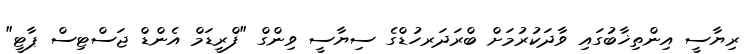
ރިޔާސީ އިންތިޚާބުގައި ވާދަކުރުމަށް ބްރަދަރހުޑްގެ ސިޔާސީ ވިންގް "ފްރީޑަމް އެންޑް ޖަސްޓިސް ޕާޓީ"